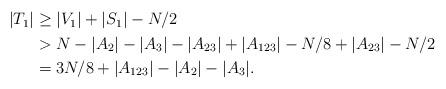
LaTeX: \begin{align*}\begin{aligned}|T_1|&\ge |V_1|+|S_1|-N/2\\& > N-|A_2|-|A_3|-|A_{23}|+|A_{123}|-N/8+|A_{23}|-N/2\\&=3N/8+|A_{123}|-|A_2|-|A_3|. \end{aligned}\end{align*}